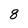
Character: 8